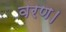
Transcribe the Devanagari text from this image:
वरण।